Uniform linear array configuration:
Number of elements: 4
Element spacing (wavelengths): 0.25
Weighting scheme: hann
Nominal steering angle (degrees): -45
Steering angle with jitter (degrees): -44.24
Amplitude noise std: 0.05
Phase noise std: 0.05

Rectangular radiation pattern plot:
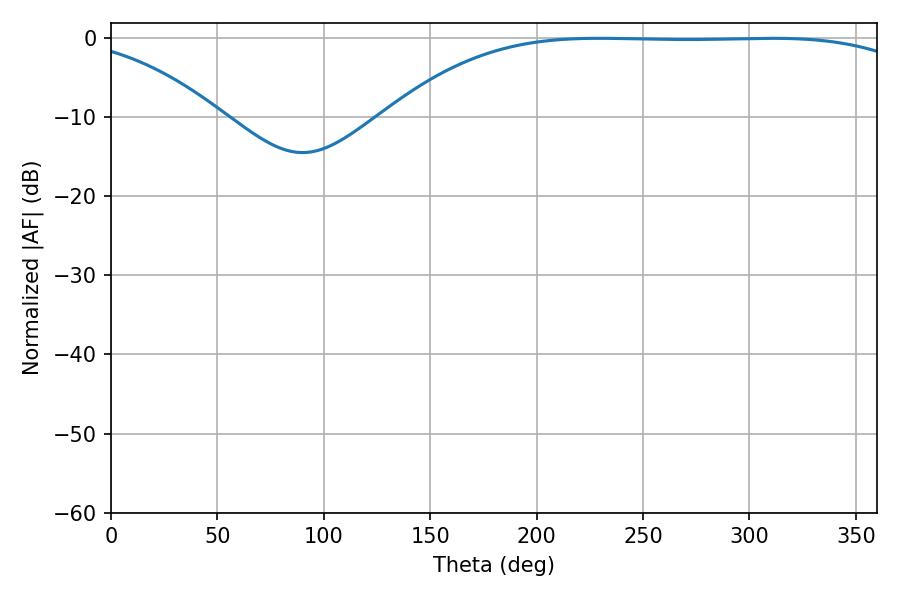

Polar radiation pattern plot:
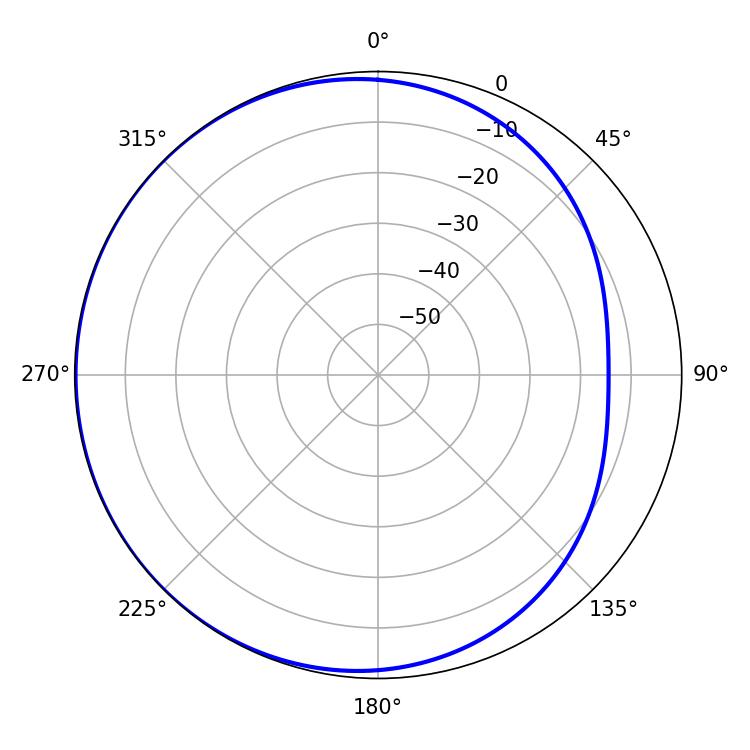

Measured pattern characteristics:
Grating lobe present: FALSE
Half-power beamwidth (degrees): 193.86
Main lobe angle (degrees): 229.5